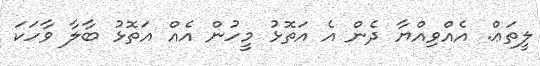
ލީތަޢް. އެއްވިއްޔާ ދެން އެ އަތޮޅު މީހުން އެއް އަތޮޅު ބާލާ ވާހަކަ